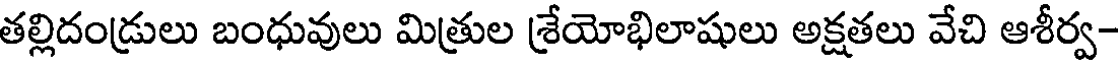
తల్లిదండ్రులు బంధువులు మిత్రుల శ్రేయోభిలాషులు అక్షతలు వేచి ఆశీర్వ-